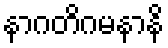
နာဂတိဂမနာနိ